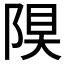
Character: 𨺆